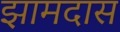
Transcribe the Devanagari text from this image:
झामदास